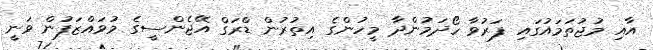
އާއި މުޖުތަމައުގައި ފަރުވާ ހޯދަމުންދާ މީހުންގެ އިތުރުން ޑްރަގް އޭޖެންސީގެ މުވައްޒަފުން ވަނީ